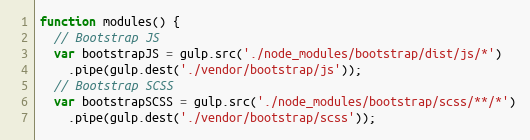
Language: JavaScript
function modules() {
  // Bootstrap JS
  var bootstrapJS = gulp.src('./node_modules/bootstrap/dist/js/*')
    .pipe(gulp.dest('./vendor/bootstrap/js'));
  // Bootstrap SCSS
  var bootstrapSCSS = gulp.src('./node_modules/bootstrap/scss/**/*')
    .pipe(gulp.dest('./vendor/bootstrap/scss'));